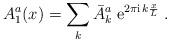
LaTeX: \begin{align*}A_1^a(x) = \sum_k \bar A_k^a \; \mathrm{e}^{2\pi \mathrm{i} \,k\frac{x}{L}} \;. \end{align*}